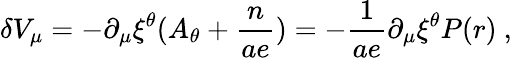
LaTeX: \delta V_{\mu}=-\partial_{\mu}\xi^{\theta}(A_{\theta}+\frac{n}{ae})=-\frac{1}{ae}\partial_{\mu}\xi^{\theta}P(r)~,